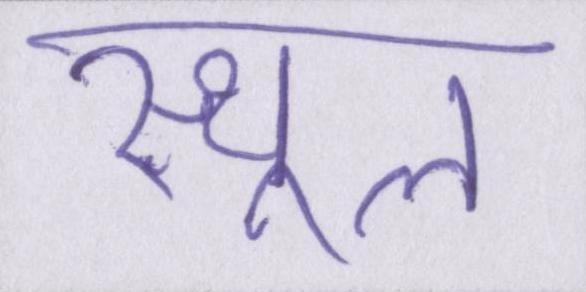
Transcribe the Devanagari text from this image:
स्थूल